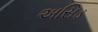
અસિડ